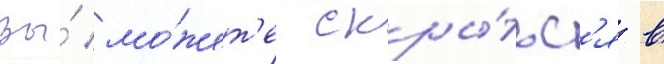
Вы́ мо́жет'е скры́тьс'я в